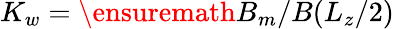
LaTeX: K_{w}=\ensuremath{B_{m}}/B(L_{z}/2)